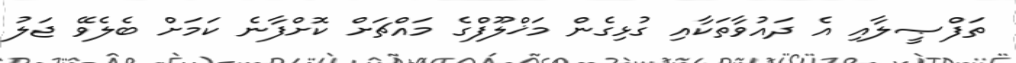
ތަފްޞީލާއި އެ ދައުވާތަކާއި ގުޅިގެން މަޚްލޫފްގެ މައްޗަށް ކޮށްފާނެ ކަމަށް ބެލެވޭ ޖަލު